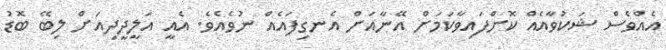
އެއްވެސް ޝަކުވާއެއް ކޮށްފައިވާކަމަށް އޭނާއަށް އެނގިފައެއް ނުވެއެވެ. އެއީ އަލީދީދިއަށް ލިބޭ ބޮޑު